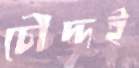
চৌদ্দই